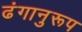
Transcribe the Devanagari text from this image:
ढंगानुरूप